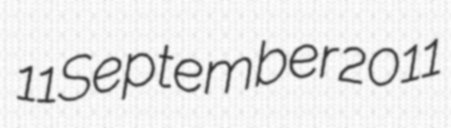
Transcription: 11 September 2011